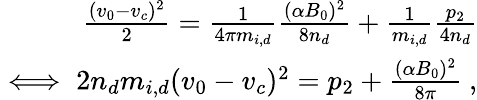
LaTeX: \begin{array}{r}{\frac{(v_{0}-v_{c})^{2}}{2}=\frac{1}{4\pi m_{i,d}}\frac{(\alpha B_{0})^{2}}{8n_{d}}+\frac{1}{m_{i,d}}\frac{p_{2}}{4n_{d}}}\\ {\iff 2n_{d}m_{i,d}(v_{0}-v_{c})^{2}=p_{2}+\frac{(\alpha B_{0})^{2}}{8\pi}\ ,}\end{array}